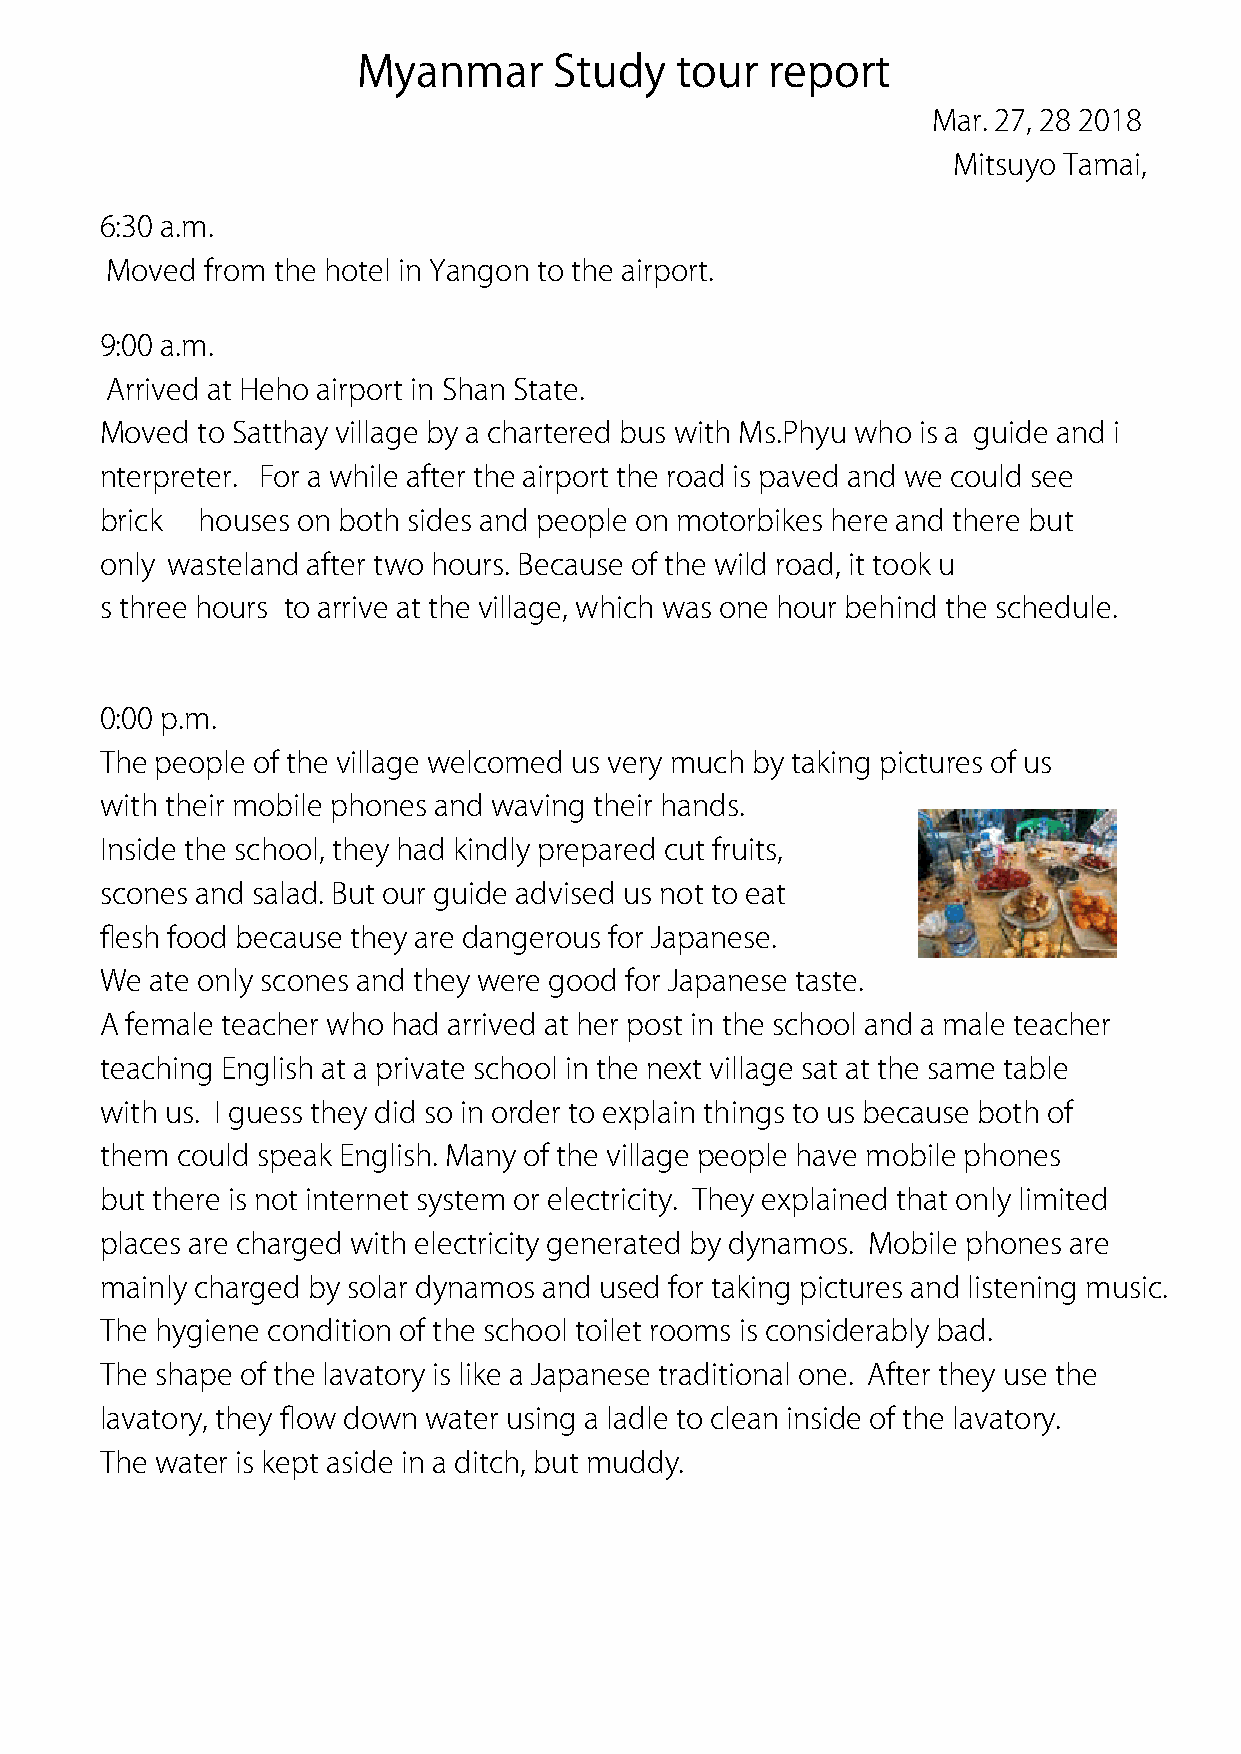
Myanmar      Study   tour  report
 Mar. 27, 28 2018
 Mitsuyo Tamai,
 6:30 a.m.
 Moved  from the hotel in Yangon to the airport.
 9:00 a.m.
 Arrived at Heho airport in Shan State.
 Moved to Satthay village by a chartered bus with Ms.Phyu who is a guide and i
 nterpreter. For a while after the airport the road is paved and we could see
 brick houses on both sides and people on motorbikes here and there but
 only wasteland after two hours. Because of the wild road, it took u
 s three hours to arrive at the village, which was one hour behind the schedule.
 0:00 p.m.
 The people of the village welcomed us very much by taking pictures of us
 with their mobile phones and waving their hands.
 Inside the school, they had kindly prepared cut fruits,
 scones and salad. But our guide advised us not to eat
 flesh food because they are dangerous for Japanese.
 We ate only scones and they were good for Japanese taste.
 A female teacher who had arrived at her post in the school and a male teacher
 teaching English at a private school in the next village sat at the same table
 with us. I guess they did so in order to explain things to us because both of
 them could speak English. Many of the village people have mobile phones
 but there is not internet system or electricity. They explained that only limited
 places are charged with electricity generated by dynamos. Mobile phones are
 mainly charged by solar dynamos and used for taking pictures and listening music.
 The hygiene condition of the school toilet rooms is considerably bad.
 The shape of the lavatory is like a Japanese traditional one. After they use the
 lavatory, they flow down water using a ladle to clean inside of the lavatory.
 The water is kept aside in a ditch, but muddy.